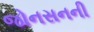
જોનસનની